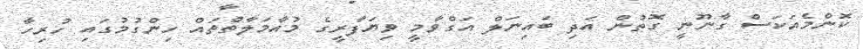
ކޮންމެއަކަސް ގާނޫނީ ގޮތުން އަދި ބައިނަލް އަގްވާމީ ވިޔަފާރީގެ މުއާމަލާތްތައް ހިންގުމުގައި ހުރިހާ